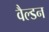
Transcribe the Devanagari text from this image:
वैल्डन